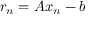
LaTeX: r _ { n } = A x _ { n } - b